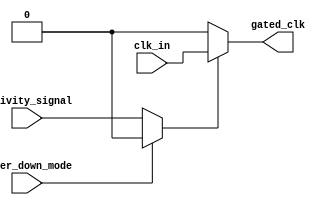
module dynamic_clock_gating (
    input wire clk_in,           // Original clock signal
    input wire activity_signal,   // Signal indicating memory activity (active high)
    input wire power_down_mode,   // External signal to control power management mode
    output wire gated_clk         // Gated clock output
);

// Clock Gating Control Logic
reg gating_signal;

always @(*) begin
    // Generate gating signal based on activity and power down mode
    if (power_down_mode == 1'b1) begin
        gating_signal = 1'b0;   // Disable clock if in power down mode
    end else begin
        gating_signal = activity_signal; // Allow clock if there's activity
    end
end

// Clock Gating Cell
assign gated_clk = gating_signal ? clk_in : 1'b0;  // Block the clock signal if gating_signal is low

endmodule